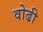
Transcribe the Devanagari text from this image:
वोढी